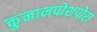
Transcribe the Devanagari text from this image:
कुनानपोशपोरा